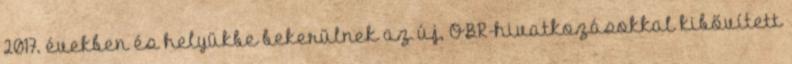
2017. években és helyükbe bekerülnek az új, OBR-hivatkozásokkal kibővített